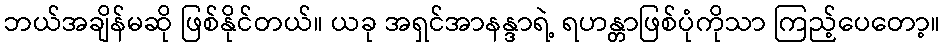
ဘယ်အချိန်မဆို ဖြစ်နိုင်တယ်။ ယခု အရှင်အာနန္ဒာရဲ့ ရဟန္တာဖြစ်ပုံကိုသာ ကြည့်ပေတော့။